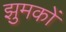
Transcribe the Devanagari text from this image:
झुमकों